Indian journal of veterinary science and animal husbandry - Volume 8,
Year: 1938
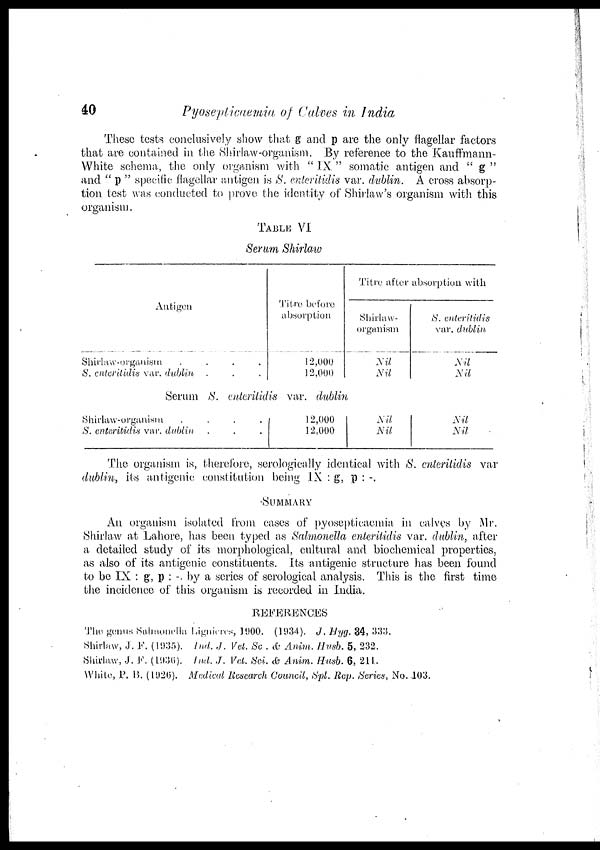
40
Pyosepticaemia of Calves in India
These tests conclusively show that g and p are the only flagellar factors
that are contained in the Shirlaw-organism. By reference to the Kauffmann-
White schema, the only organism with " IX " somatic antigen and " g "
and " p " specific flagellar antigen is S. enteritidis var. dublin. A cross absorp-
tion test was conducted to prove the identity of Shirlaw's organism with this
organism.
TABLE VI
Serum Shirlaw
Antigen
Shirlaw-organism . . . .
S. enteritidis var. dublin . . .
Titre before
absorption
12,000
12,000
Serum S. enleritidis var. dublin
Shirlaw-organism . . . .
S. enteritidis var. dublin
. . .
12,000
12,000
Titre after
absorption with
Shirlaw-
organism
Nil
Nil
Nil
Nil
S. enteritidis
var. dublin
Nil
Nil
Nil
Nil
The organism is, therefore, serologically identical with S. enteritidis var
dublin, its antigenic constitution being IX : g, p : -.
SUMMARY
An organism isolated from cases of pyosepticaemia in calves by Mr.
Shirlaw at Lahore, has been typed as Salmonella enteritidis var. dublin, after
a detailed study of its morphological, cultural and biochemical properties,
as also of its antigenic constituents. Its antigenic structure has been found
to be IX : g, p : -. by a series of serological analysis. This is the first time
the incidence of this organism is recorded in India.
REFERENCES
The genus Salmonella. Lignieres, 1900. (1934). J. Hyg. 34, 333.
Shirlaw, J. F. (1935). Ind. J. Vet. Sc . & Anim. Husb. 5, 232.
Shirlaw, J. F. (1936). Ind. J. Vet. Sci. & Anim. Husb. 6, 211.
White, P. B. (1926). Medical Research Council, Spl. Rep. Series, No. 103.